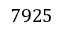
7 9 2 5